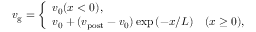
\begin{array} { r } { v _ { \mathrm { g } } = \left\{ \begin{array} { l } { v _ { 0 } \hfill ( x < 0 ) , } \\ { v _ { 0 } + ( v _ { \mathrm { p o s t } } - v _ { 0 } ) \exp { ( - x / L ) } \quad \hfill ( x \geq 0 ) , } \end{array} \right. } \end{array}